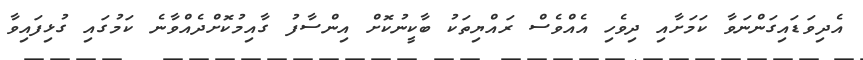
އެދިވަޑައިގަންނަވާ ކަމަށާއި ދިވެހި އެއްވެސް ރައްޔިތަކު ބާކީނުކޮށް އިންސާފު ގާއިމުކޮށްދެއްވާނެ ކަމުގައި ގުޅިފައިވާ